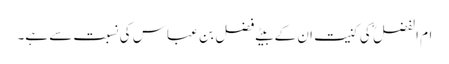
ام الفضل ؓ کی کنیت ان کے بیٹے فضل بِن عباس کی نسبت سے ہے۔